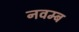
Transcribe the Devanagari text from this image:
नवम्ब